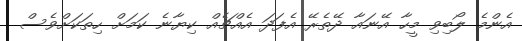
އެންމެ ލޯބިވި މީހާ އޭނައާ ދޭތެރޭ އެފަދަ އެއްޗެއް ކިޔާނެ ކަމަށް ހިތަކަށްވެސް